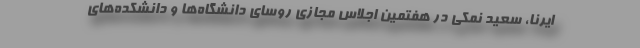
ایرنا، سعید نمکی در هفتمین اجلاس مجازی روسای دانشگاه‌ها و دانشکده‌های